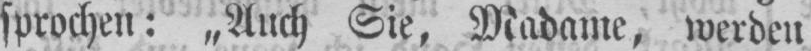
sprochen: „Auch Sie, Madame, werden